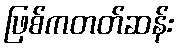
ဖြစ်ကတတ်ဆန်း